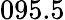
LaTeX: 095.5